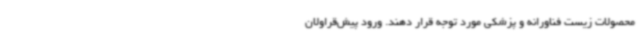
محصولات زیست فناورانه و پزشکی مورد توجه قرار دهند. ورود پیش‌قراولان